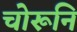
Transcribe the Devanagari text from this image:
चोरूनि